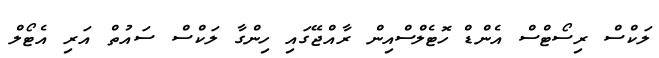
ލަކްސް ރިސޯޓްސް އެންޑް ހޮޓެލްސްއިން ރާއްޖޭގައި ހިންގާ ލަކްސް ސައުތް އަރި އެޓޯލް